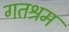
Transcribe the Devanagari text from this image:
गतश्रम